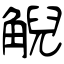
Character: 觬